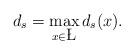
LaTeX: \begin{align*} d_s=\max_{x\in \L} {d_s(x)}.\end{align*}